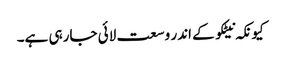
کیونکہ نیٹکو کے اندر وسعت لائی جارہی ہے۔